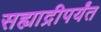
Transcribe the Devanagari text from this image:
सह्याद्रीपर्यंत